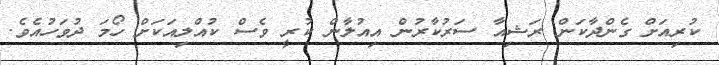
ކުރިއަށް ގެންދާކަން ރަޝިއާ ސަރުކާރުން އިއުލާން ކުރީ ވެސް ކުއްލިއަކަށް ހޯމަ ދުވަހުއެވެ.